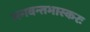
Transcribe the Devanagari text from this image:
भगवन्तभास्करः